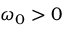
\omega _ { 0 } > 0